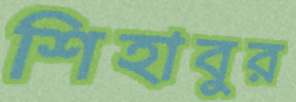
শিহাবুর